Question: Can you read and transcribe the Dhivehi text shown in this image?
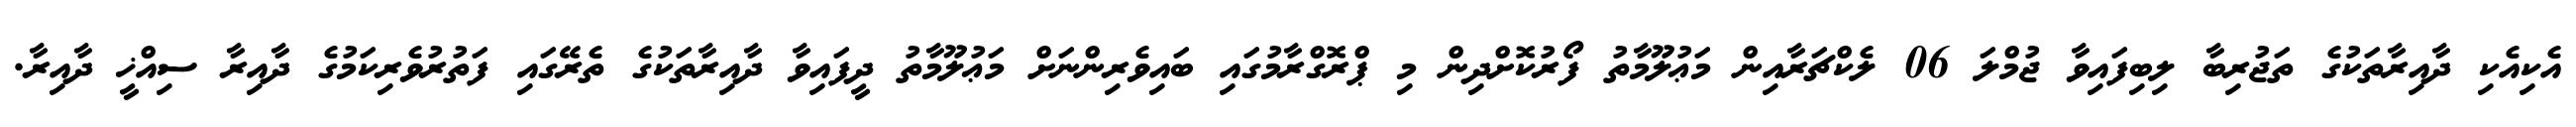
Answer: އެކިއެކި ދާއިރާތަކުގެ ތަޖުރިބާ ލިބިފައިވާ ޖުމްލަ 06 ލެކްޗަރާއިން މަޢުލޫމާތު ފޯރުކޮށްދިން މި ޕްރޮގްރާމުގައި ބައިވެރިންނަށް މަޢުލޫމާތު ދީފައިވާ ދާއިރާތަކުގެ ތެރޭގައި ފަތުރުވެރިކަމުގެ ދާއިރާ ސިއްޚީ ދާއިރާ.